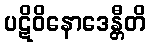
ပဋိဝိနောဒေန္တီတိ